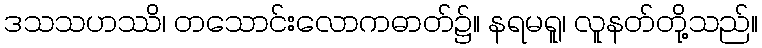
ဒသသဟဿိ၊ တသောင်းလောကဓာတ်၌။ နရမရူ၊ လူနတ်တို့သည်။